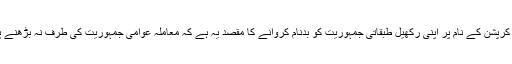
لیکن کرپشن کے نام پر اپنی رکھیل طبقاتی جمہوریت کو بدنام کروانے کا مقصد یہ ہے کہ معاملہ عوامی جمہوریت کی طرف نہ بڑھنے پائے۔